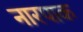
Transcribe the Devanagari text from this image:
नारपाक